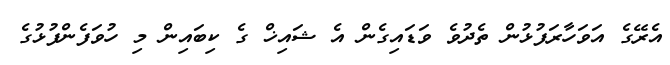
އެރޭގެ އަވަހާރަފުޅުން ތެދުވެ ވަޑައިގެން އެ ޝައިޚް ގެ ކިބައިން މި ހުވަފެންފުޅުގެ